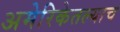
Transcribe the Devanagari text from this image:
अमेरिकेतल्याच